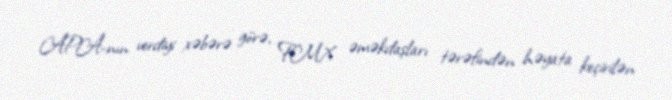
APA-nın verdiyi xəbərə görə, FMX əməkdaşları tərəfindən həyata keçirilən